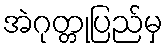
အဲဂုတ္တုပြည်မှ